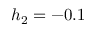
h _ { 2 } = - 0 . 1